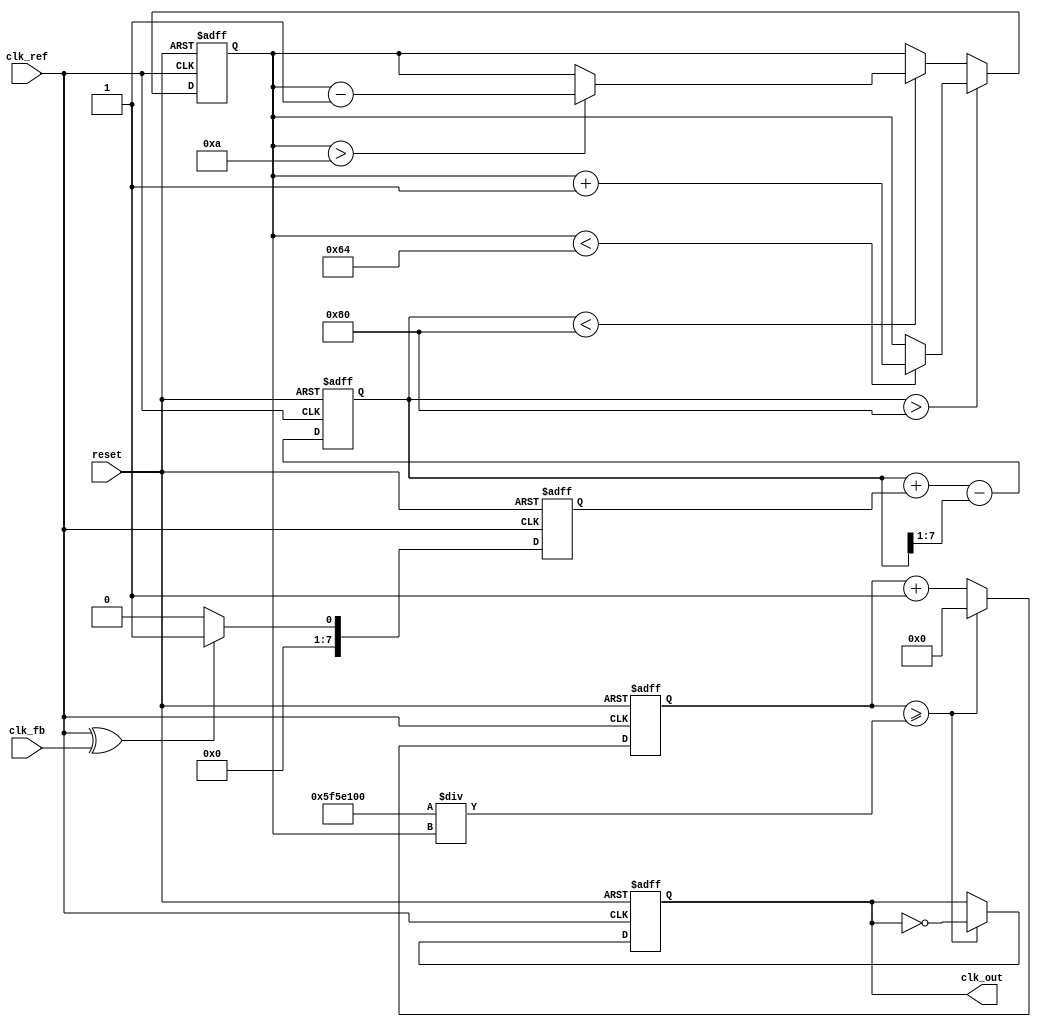
module type2_PLL (
    input wire clk_ref,        // Reference clock input
    input wire clk_fb,         // Feedback clock input
    input wire reset,          // Reset signal
    output reg clk_out         // Output clock
);

// Parameters for the VCO
parameter VCO_FREQ_MIN = 10; // Minimum frequency
parameter VCO_FREQ_MAX = 100; // Maximum frequency
parameter VCO_STEP = 1;       // Frequency step

// Internal signals
reg [7:0] phase_error;         // Phase error signal
reg [7:0] control_voltage;      // Control voltage for VCO
reg [7:0] vco_frequency;        // Current frequency of VCO
reg [31:0] counter;             // Counter for generating output clock

// Phase Detector (PD)
always @(posedge clk_ref or posedge reset) begin
    if (reset) begin
        phase_error <= 0;
    end else begin
        // Simple phase comparison using XOR (for demonstration)
        phase_error <= (clk_ref ^ clk_fb) ? 1 : 0;
    end
end

// Loop Filter (LF)
always @(posedge clk_ref or posedge reset) begin
    if (reset) begin
        control_voltage <= 0;
    end else begin
        // Simple first-order filter for demonstration
        control_voltage <= control_voltage + phase_error - (control_voltage >> 1);
    end
end

// Voltage-Controlled Oscillator (VCO)
always @(posedge clk_ref or posedge reset) begin
    if (reset) begin
        vco_frequency <= VCO_FREQ_MIN;
    end else begin
        // Adjust VCO frequency based on control voltage
        if (control_voltage > 128) begin
            if (vco_frequency < VCO_FREQ_MAX) begin
                vco_frequency <= vco_frequency + VCO_STEP;
            end
        end else if (control_voltage < 128) begin
            if (vco_frequency > VCO_FREQ_MIN) begin
                vco_frequency <= vco_frequency - VCO_STEP;
            end
        end
    end
end

// Output Clock Generation
always @(posedge clk_ref or posedge reset) begin
    if (reset) begin
        clk_out <= 0;
        counter <= 0;
    end else begin
        // Generate output clock based on VCO frequency
        if (counter >= (100000000 / vco_frequency)) begin // Assuming clk_ref is 100MHz
            clk_out <= ~clk_out;
            counter <= 0;
        end else begin
            counter <= counter + 1;
        end
    end
end

endmodule